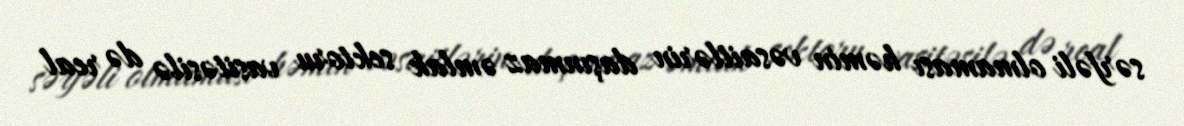
sərfəli olmaması həmin vəsaitlərin daşınmaz əmlak sektoru vasitəsilə də real